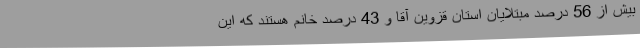
بیش از 56 درصد مبتلایان استان قزوین آقا و 43 درصد خانم هستند که این